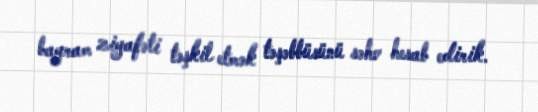
bayram ziyafəti təşkil etmək təşəbbüsünü səhv hesab edirik.